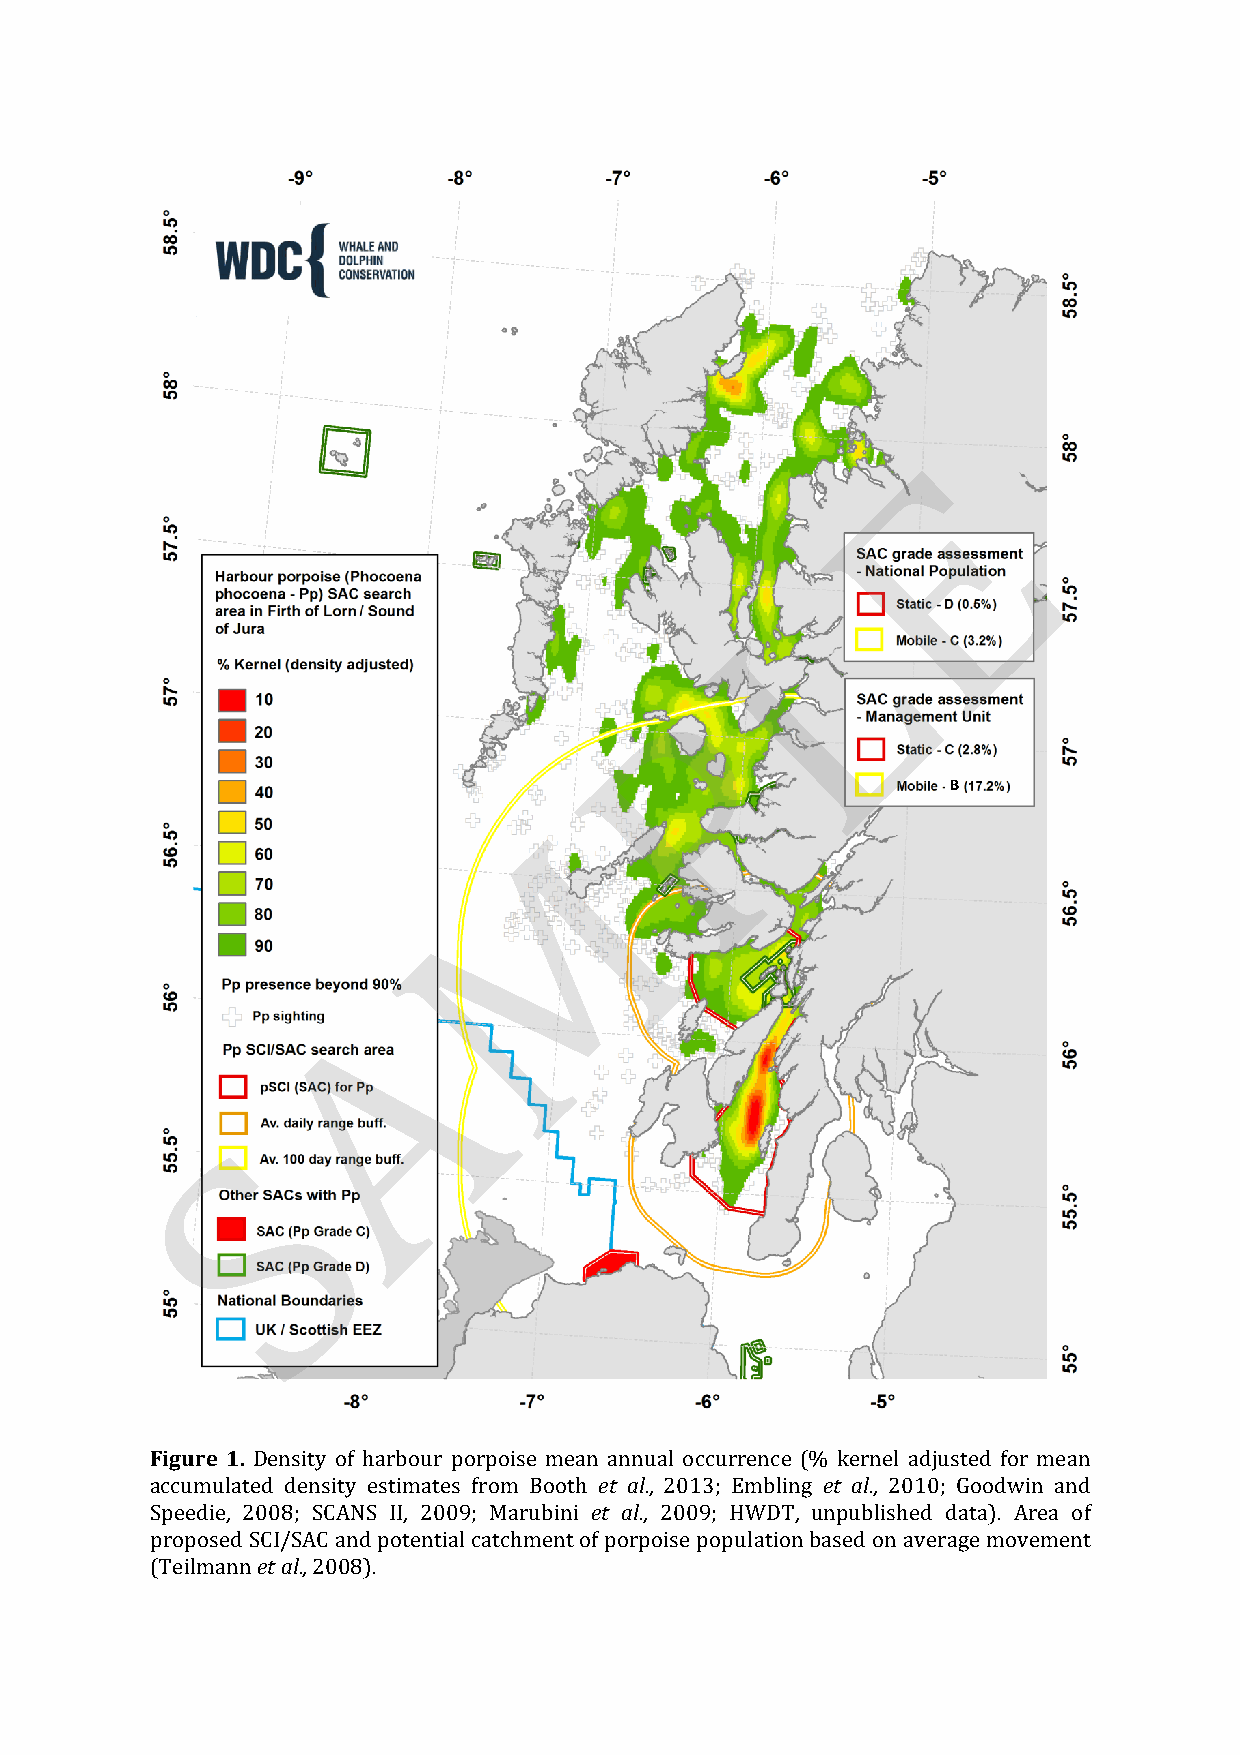
E
 L
 P
 B
 M
 A
 S
 Figure 1. Density of harbour porpoise mean annual occurrence (% kernel adjusted for mean
 accumulated density estimates from Booth et al., 2013; Embling et al., 2010; Goodwin and
 Speedie, 2008; SCANS II, 2009; Marubini et al., 2009; HWDT, unpublished data). Area of
 proposed SCI/SAC and potential catchment of porpoise population based on average movement
 (Teilmann et al., 2008).